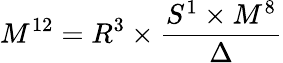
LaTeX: M^{12}=R^{3}\times\frac{S^{1}\times M^{8}}{\Delta}